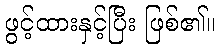
ဖွင့်ထားနှင့်ပြီး ဖြစ်၏။